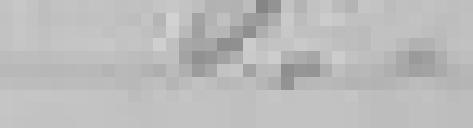
5,00